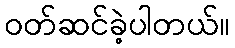
ဝတ်ဆင်ခဲ့ပါတယ်။